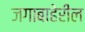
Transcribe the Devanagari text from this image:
जगाबाहेरील